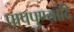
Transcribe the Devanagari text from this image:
पापपुण्यादि